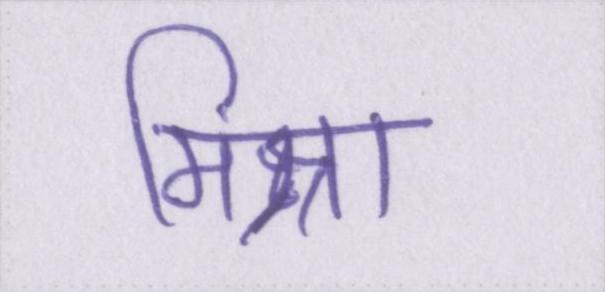
मिश्रा